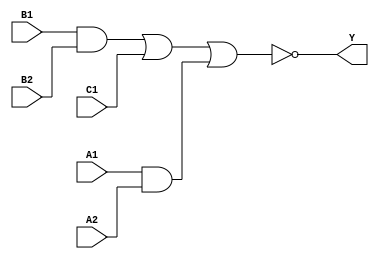
module sky130_fd_sc_lp__a221oi (
    Y ,
    A1,
    A2,
    B1,
    B2,
    C1
);

    // Module ports
    output Y ;
    input  A1;
    input  A2;
    input  B1;
    input  B2;
    input  C1;

    // Module supplies
    supply1 VPWR;
    supply0 VGND;
    supply1 VPB ;
    supply0 VNB ;

    // Local signals
    wire and0_out  ;
    wire and1_out  ;
    wire nor0_out_Y;

    //  Name  Output      Other arguments
    and and0 (and0_out  , B1, B2                );
    and and1 (and1_out  , A1, A2                );
    nor nor0 (nor0_out_Y, and0_out, C1, and1_out);
    buf buf0 (Y         , nor0_out_Y            );

endmodule